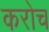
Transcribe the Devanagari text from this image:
करोच